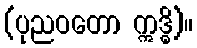
(ပုညဝတော ဣဒ္ဓိ)။